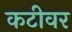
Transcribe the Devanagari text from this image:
कटीवर